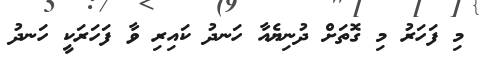
މި ފަހަރު މި ގޮތަށް ދުނިޔެއާ ހަނދު ކައިރި ވާ ފަހަރަކީ ހަނދު